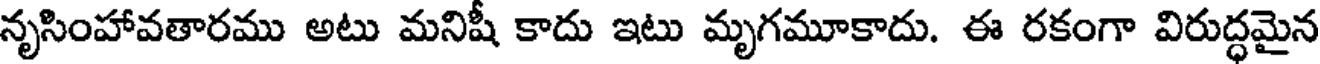
నృసింహావతారము అటు మనిషీ కాదు ఇటు మృగమూకాదు. ఈ రకంగా విరుద్ధమైన